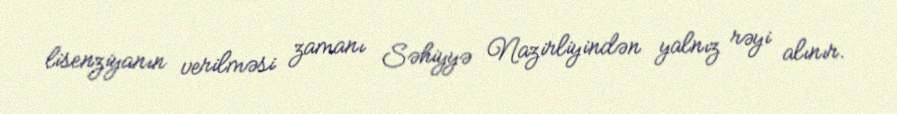
lisenziyanın verilməsi zamanı Səhiyyə Nazirliyindən yalnız rəyi alınır.